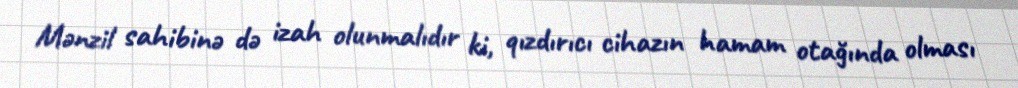
Mənzil sahibinə də izah olunmalıdır ki, qızdırıcı cihazın hamam otağında olması